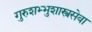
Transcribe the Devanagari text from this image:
गुरुशभ्भुशास्त्रसेवा